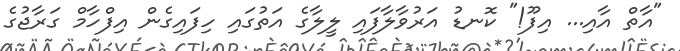
"އާތް އާއި... އިފޫ!" ކޮނޑު އަރުވާލާފައި ލީލާގެ އަތުގައި ހިފައިގެން އިފްހާމް ގަރާޖުގެ